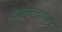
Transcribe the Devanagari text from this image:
दत्तमनन्तकम्